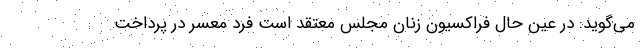
می‌گوید: در عین حال فراکسیون زنان مجلس معتقد است فرد معسر در پرداخت